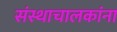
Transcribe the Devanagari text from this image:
संस्थाचालकांना